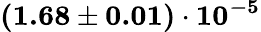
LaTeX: \mathbf{(1.68\pm 0.01)\cdot 10^{-5}}